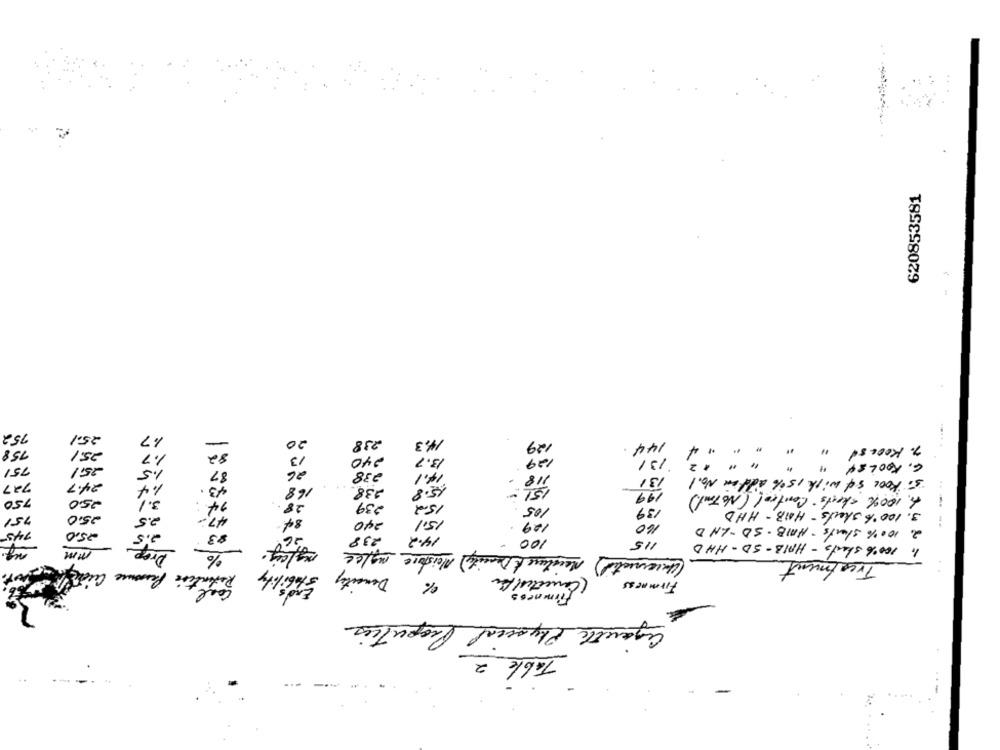
620853581
752
2501
1.7
20
238
14.3
129
758
25.1
82
144.
" " " " 4
7. Koolsd
1.7
13
240
13.7
129
131
" "2
4. KOOLs4"
751
251
1.5
87
26
238
14.1
118
131
5. Kool sd with 15 % Addon No.l
727
24.7
1.4
43 .
168
238
15.8
151-
28
199
6. 100% sheets Control (NoTrut)
750
250
3.1
239
15m2
105
47-
139
. 100% shells - HAB- HHD
751
25.0
2.5
15.1
240
12.9
160
100% shorts HAIB- SD -LND
145
25,0
2.5
83
2.
Drop.
238
14.2
100
MM
negley.
115
1. 100% shorts - HAIB-SD - HHD
(Uncorrected) Maisture (Demcity) Meistore mg/ce
Treatment
Retention Personne Cuchet
stability
Dencity
( Correctis be
Firmness
agentle Physical Properties
Table 2